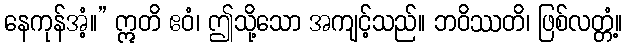
နေကုန်အံ့။” ဣတိ ဧဝံ၊ ဤသို့သော အကျင့်သည်။ ဘဝိဿတိ၊ ဖြစ်လတ္တံ့။